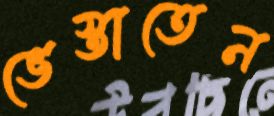
ভেস্তাতেন